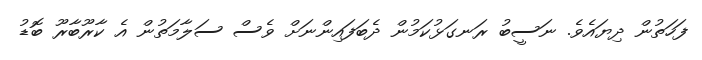
ފަހަތުން ދިޔައެވެ. ނަސީބު ރަނގަޅުކަމުން ދެބަފައިންނަށް ވެސް ސަލާމަތުން އެ ކާރޫބާރޫ ބޮޑު